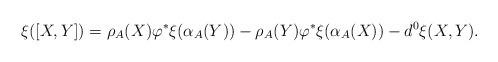
LaTeX: \begin{align*}\xi([X,Y])=\rho_A(X)\varphi^*\xi(\alpha_A(Y))-\rho_A(Y)\varphi^*\xi(\alpha_A(X))-d^0\xi(X,Y).\end{align*}